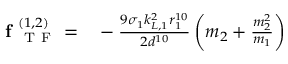
\begin{array} { r l } { \textbf { f } _ { \mathrm { ~ T ~ F ~ } } ^ { ( 1 , 2 ) } = } & { { } - \frac { 9 \sigma _ { 1 } k _ { L , 1 } ^ { 2 } r _ { 1 } ^ { 1 0 } } { 2 d ^ { 1 0 } } \left( m _ { 2 } + \frac { m _ { 2 } ^ { 2 } } { m _ { 1 } } \right) } \end{array}